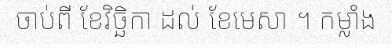
ចាប់ពី ខែវិច្ឆិកា ដល់ ខែមេសា ។ កម្លាំង